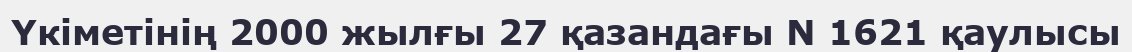
Үкіметінің 2000 жылғы 27 қазандағы N 1621 қаулысы